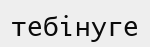
тебінуге